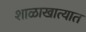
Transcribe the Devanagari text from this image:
शाळाखात्यात